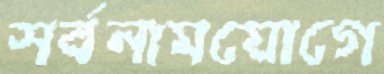
সর্বনামযোগে